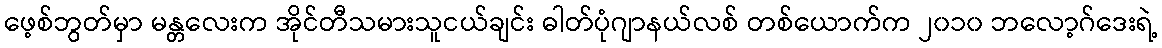
ဖေ့စ်ဘွတ်မှာ မန္တလေးက အိုင်တီသမားသူငယ်ချင်း ဓါတ်ပုံဂျာနယ်လစ် တစ်ယောက်က ၂၀၁၀ ဘလော့ဂ်ဒေးရဲ့